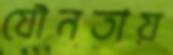
যৌনতায়